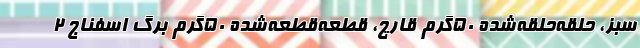
سبز، حلقه‌حلقه‌شده ۵۰‌گرم قارچ، قطعه‌قطعه‌شده ۵۰‌گرم برگ اسفناج ۲